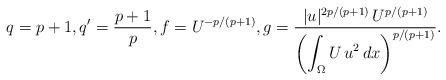
LaTeX: \begin{align*}q=p+1,q'=\frac{p+1}{p},f=U^{-p/(p+1)},g=\frac{|u|^{2p/(p+1)}\,U^{p/(p+1)}}{\displaystyle\left(\int_\Omega U\,u^2\,dx\right)^{p/(p+1)}}.\end{align*}